Madras plague regulations in force outside the Presidency town - Volume 2
Disease focus: Plague
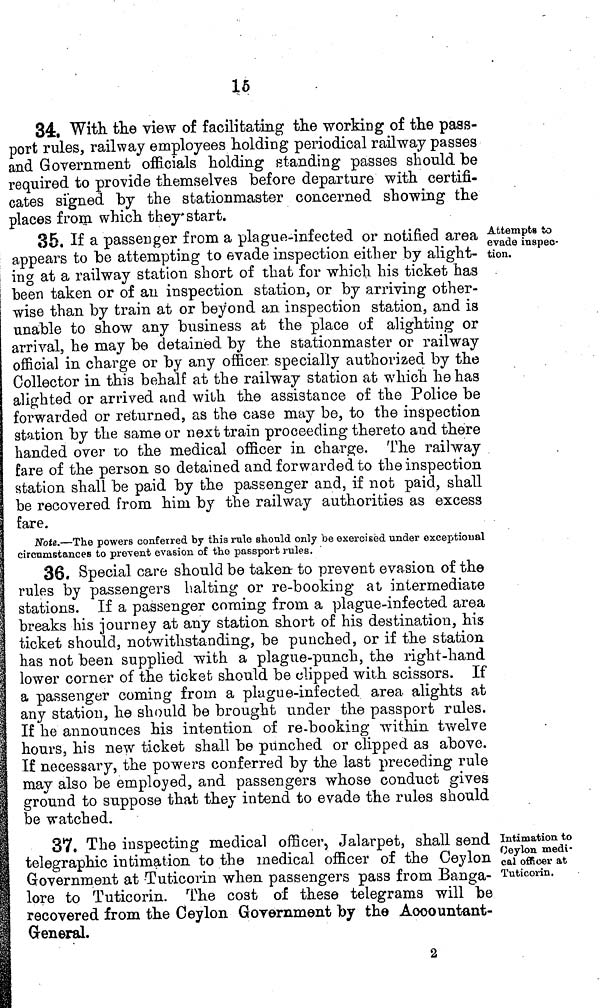
15
34. With, the view of facilitating the working of the pass-
port rules, railway employees holding periodical railway passes
and Government officials holding standing passes should be
required to provide themselves before departure with certifi-
cates signed by the Stationmaster concerned showing the
places from which they* start.
Attempts to
evade inspec-
tion.
35, If a passenger from a plague-infected or notified area ;
appears to be attempting to evade inspection either by alight- 1
I ing at a railway station short of that for which his ticket has
i been taken or of an inspection station, or by arriving other
wise than by train at or beyond an inspection station, and is
unable to show any business at the place of alighting or
arrival, he may be detained by the Stationmaster or railway
official in charge or by any officer specially authorized by the
Collector in this behalf at the railway station at which he has
alighted or arrived aod with the assistance of the Police be
forwarded or returned, as the case may be, to the inspection
station by the same or next train proceeding thereto and there
handed over to the medical officer in charge. The railway
fare of the person so detained and forwarded to the inspection
station shall be paid by the passenger and, if not paid, shall
be recovered from him by the railway authorities as excess
fare.
Note.—The powers conferred by this rule should only be exercised under exceptional
cironmstances to prevent evasion of the passport rules.
36. Special care should be taken to prevent evasion of the
rules by passengers halting or re-booking at intermediate
stations. If a passenger coming from a plague-infected area
breaks his journey at any station short of his destination, his
ticket should, notwithstanding, be punched, or if the station
has not been supplied with a plague-punch, the right-hand
lower corner of the ticket should be clipped with scissors. If
a passenger coming from a plague-infected area alights at
any station, he should be brought under the passport rules.
If he announces his intention of re-booking within twelve
hours, his new ticket shall be punched or clipped as above.
If necessary, the powers conferred by the last preceding rule
may also be employed, and passengers whose conduct gives
ground to suppose that they intend to evade the rules should
be watched.
Intimation to
Ceylon medi-
cal officer at
Tuticorin.
37. The inspecting medical officer, Jalarpet, shall send
telegraphic intimation to the medical officer of the Ceylon
Government at Tuticorin when passengers pass from Banga-
lore to Tuticorin. The cost of these telegrams will be
recovered from the Ceylon Government by the Aooountant-
General.
2